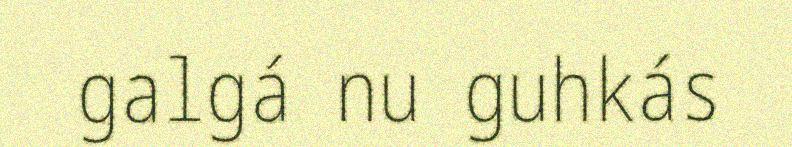
galgá nu guhkás